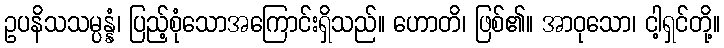
ဥပနိသသမ္ပန္နံ၊ ပြည့်စုံသောအကြောင်းရှိသည်။ ဟောတိ၊ ဖြစ်၏။ အာဝုသော၊ ငါ့ရှင်တို့။